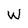
Character: W